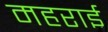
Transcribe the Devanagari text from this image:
महराई